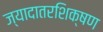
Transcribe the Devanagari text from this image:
ज्यादातरशिक्षण